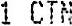
1 CTN